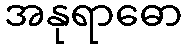
အနုရာဓော